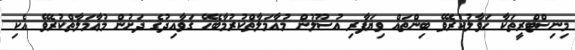
މިނިސްޓްރީތަކާ ހަވާލުކުރެވޭ ބިންތައް ވިޔަފާރި އުސޫލުން މުއާމަލާތްކުރުމާބެހޭ ގަވާއިދުގެ ދަށުން މުޢާމަލާތްކުރެވޭ އެކި